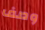
وصف